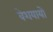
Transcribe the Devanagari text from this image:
वेशयायो